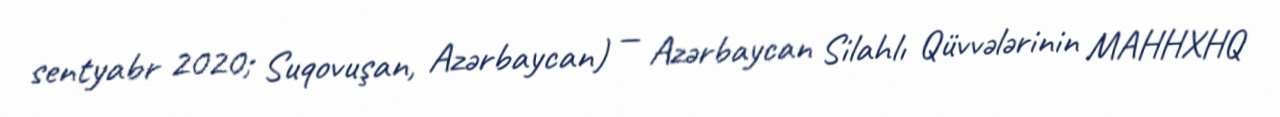
sentyabr 2020; Suqovuşan, Azərbaycan) — Azərbaycan Silahlı Qüvvələrinin MAHHXHQ